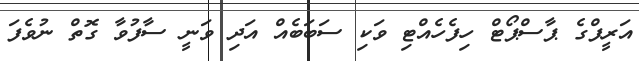
އަރީފްގެ ޕާސްޕޯޓް ހިފެހެއްޓި ވަކި ސަބަބެއް އަދި ވަނީ ސާފުވާ ގޮތް ނުވެފަ